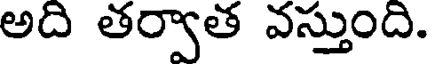
అది తర్వాత వస్తుంది.